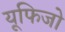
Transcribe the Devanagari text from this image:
यूफिजो